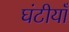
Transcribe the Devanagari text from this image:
घंटीयाँ